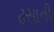
ઢસાની